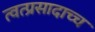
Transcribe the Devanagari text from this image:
त्वत्प्रसादाच्च